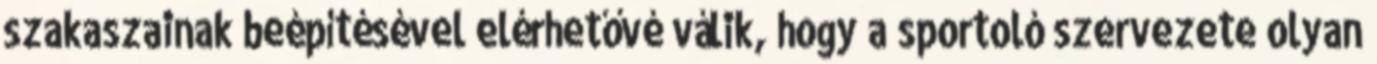
szakaszainak beépítésével elérhetővé válik, hogy a sportoló szervezete olyan